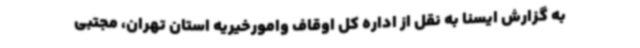
به گزارش ایسنا به نقل از اداره کل اوقاف وامورخیریه استان تهران، مجتبی